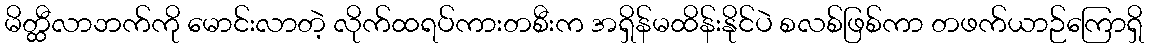
မိတ္ထီလာဘက်ကို မောင်းလာတဲ့ လိုက်ထရပ်ကားတစီးက အရှိန်မထိန်းနိုင်ပဲ စလစ်ဖြစ်ကာ တဖက်ယာဉ်ကြောရှိ